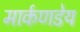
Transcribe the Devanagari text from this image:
मार्कणडेय